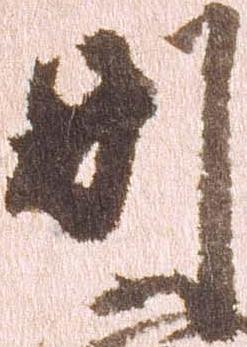
別